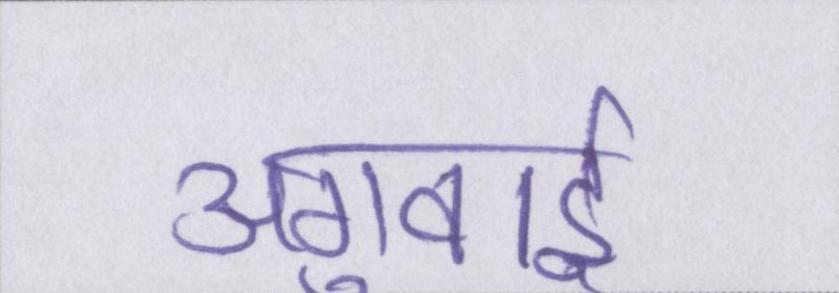
अगुवाई